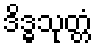
ဒိဒ္ဓသုတ္တံ